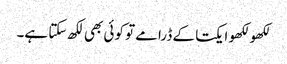
لکھو لکھو ایکتا کے ڈرامے تو کوئی بھی لکھ سکتا ہے۔